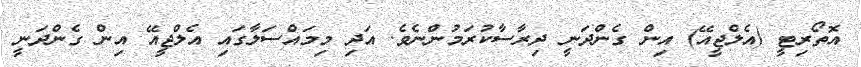
އޮތޯރިޓީ (އެލްޖީއޭ) އިން ގެންދަނީ ދިރާސާކުރަމުންނެވެ. އަދި މިމައްސަލާގައި އެލްޖީއޭ އިން ގެންދަނީ